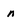
Character: n